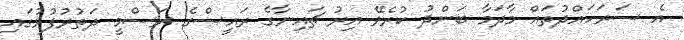
އެ ސަރަހައްދުތައް މާދަމާ ބަންދު ކުރެވޭ އިރު ޗައިނާގެ ރައީސްގެ ރަސްމީ ދަތުރުފުޅުގައި